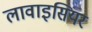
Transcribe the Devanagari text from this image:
लावाइसियर